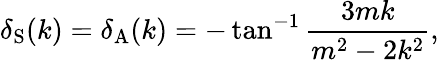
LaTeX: \delta_{\mathrm{S}}(k)=\delta_{\mathrm{A}}(k)=-\tan^{-1}\frac{3mk}{m^{2}-2k^{2}},